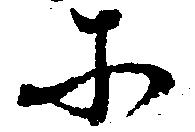
そ